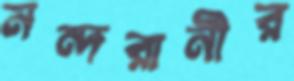
নন্দরানীর